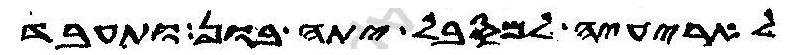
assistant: לאריעיה למסבל יתה בון ותעבד